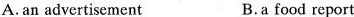
A, an advertisement B.a food report